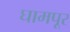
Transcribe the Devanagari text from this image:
घामपूर